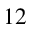
^ { 1 2 }